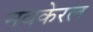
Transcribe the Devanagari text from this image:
नवकेरल